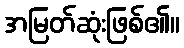
အမြတ်ဆုံးဖြစ်၏။